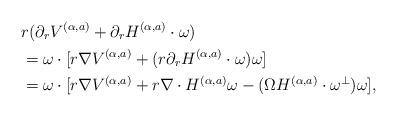
LaTeX: \begin{align*}&r(\partial_rV^{(\alpha,a)}+\partial_r H^{(\alpha,a)}\cdot\omega)\\&=\omega\cdot\Large[r\nabla V^{(\alpha,a)}+(r\partial_r H^{(\alpha,a)}\cdot\omega)\omega\Large]\\&=\omega\cdot\Large[r\nabla V^{(\alpha,a)}+r\nabla\cdot H^{(\alpha,a)}\omega-(\Omega H^{(\alpha,a)}\cdot\omega^\perp)\omega \Large],\end{align*}